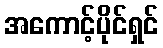
အကောင့်ပိုင်ရှင်